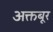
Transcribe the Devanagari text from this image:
अक्तबूर